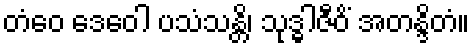
တံဝေ ဒေဝေါ ပသံသန္တိ၊ သုဒ္ဓါဇီဝိံ အတန္ဒိတံ။